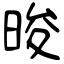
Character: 晙